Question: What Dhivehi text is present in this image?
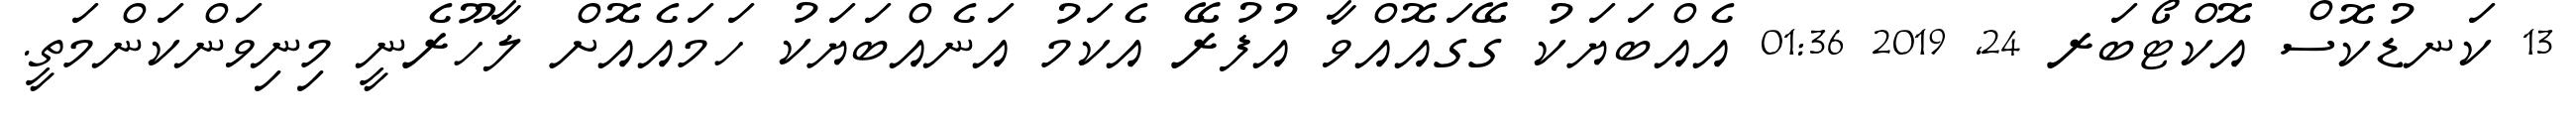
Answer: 13 ކަނޑުކޮސް އޮކްޓޯބަރ 24, 2019 01:36 އެއްބަޔަކު ގޭގައޮއްވާ އުފުރޭ އެކަމު އަނެއްބަޔަކު ހަމައެއޮށް ލާހޫރެނީ މިނިވަންކަންމަތީ.